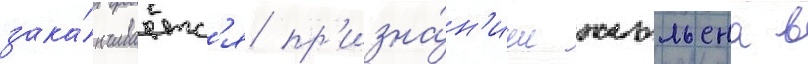
зака́нчиваетс'я пр'изна́н'ием жюльена в